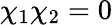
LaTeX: \chi_{1}\chi_{2}=0